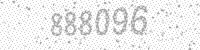
Solution: 888096